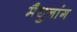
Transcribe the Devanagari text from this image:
मैथुनांग